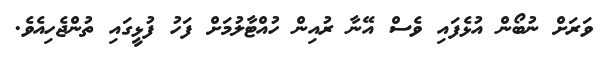
ވަރަށް ނުބޯން އުޅެފައި ވެސް އޭނާ ރުއިން ހުއްޓާލުމަށް ފަހު ފުޅީގައި ތުންޖެހިއެވެ.